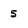
Character: 5